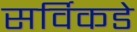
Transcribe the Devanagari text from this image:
सर्विकडे